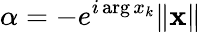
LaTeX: \alpha=-e^{i\arg x_{k}}\| \mathbf{x}\|